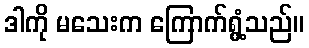
ဒါကို မသေးက ကြောက်ရွံ့သည်။